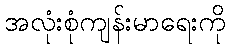
အလုံးစုံကျန်းမာရေးကို